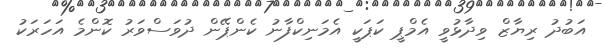
އަބުދު ރިޔާޒް ވިދާޅުވީ އެމްޕީ ކަޕަކީ އެމަނިކްފާނު ކެންޕޭން ދުވަސްވަރު ކޮންމެ އަހަރަކު